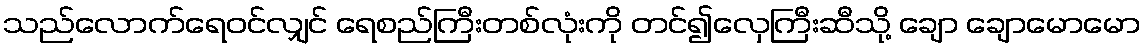
သည်လောက်ရေဝင်လျှင် ရေစည်ကြီးတစ်လုံးကို တင်၍လှေကြီးဆီသို့ ချော ချောမောမော